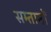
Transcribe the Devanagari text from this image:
सम्तानों